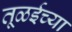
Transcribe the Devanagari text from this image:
तूळईच्या